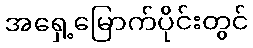
အရှေ့မြောက်ပိုင်းတွင်